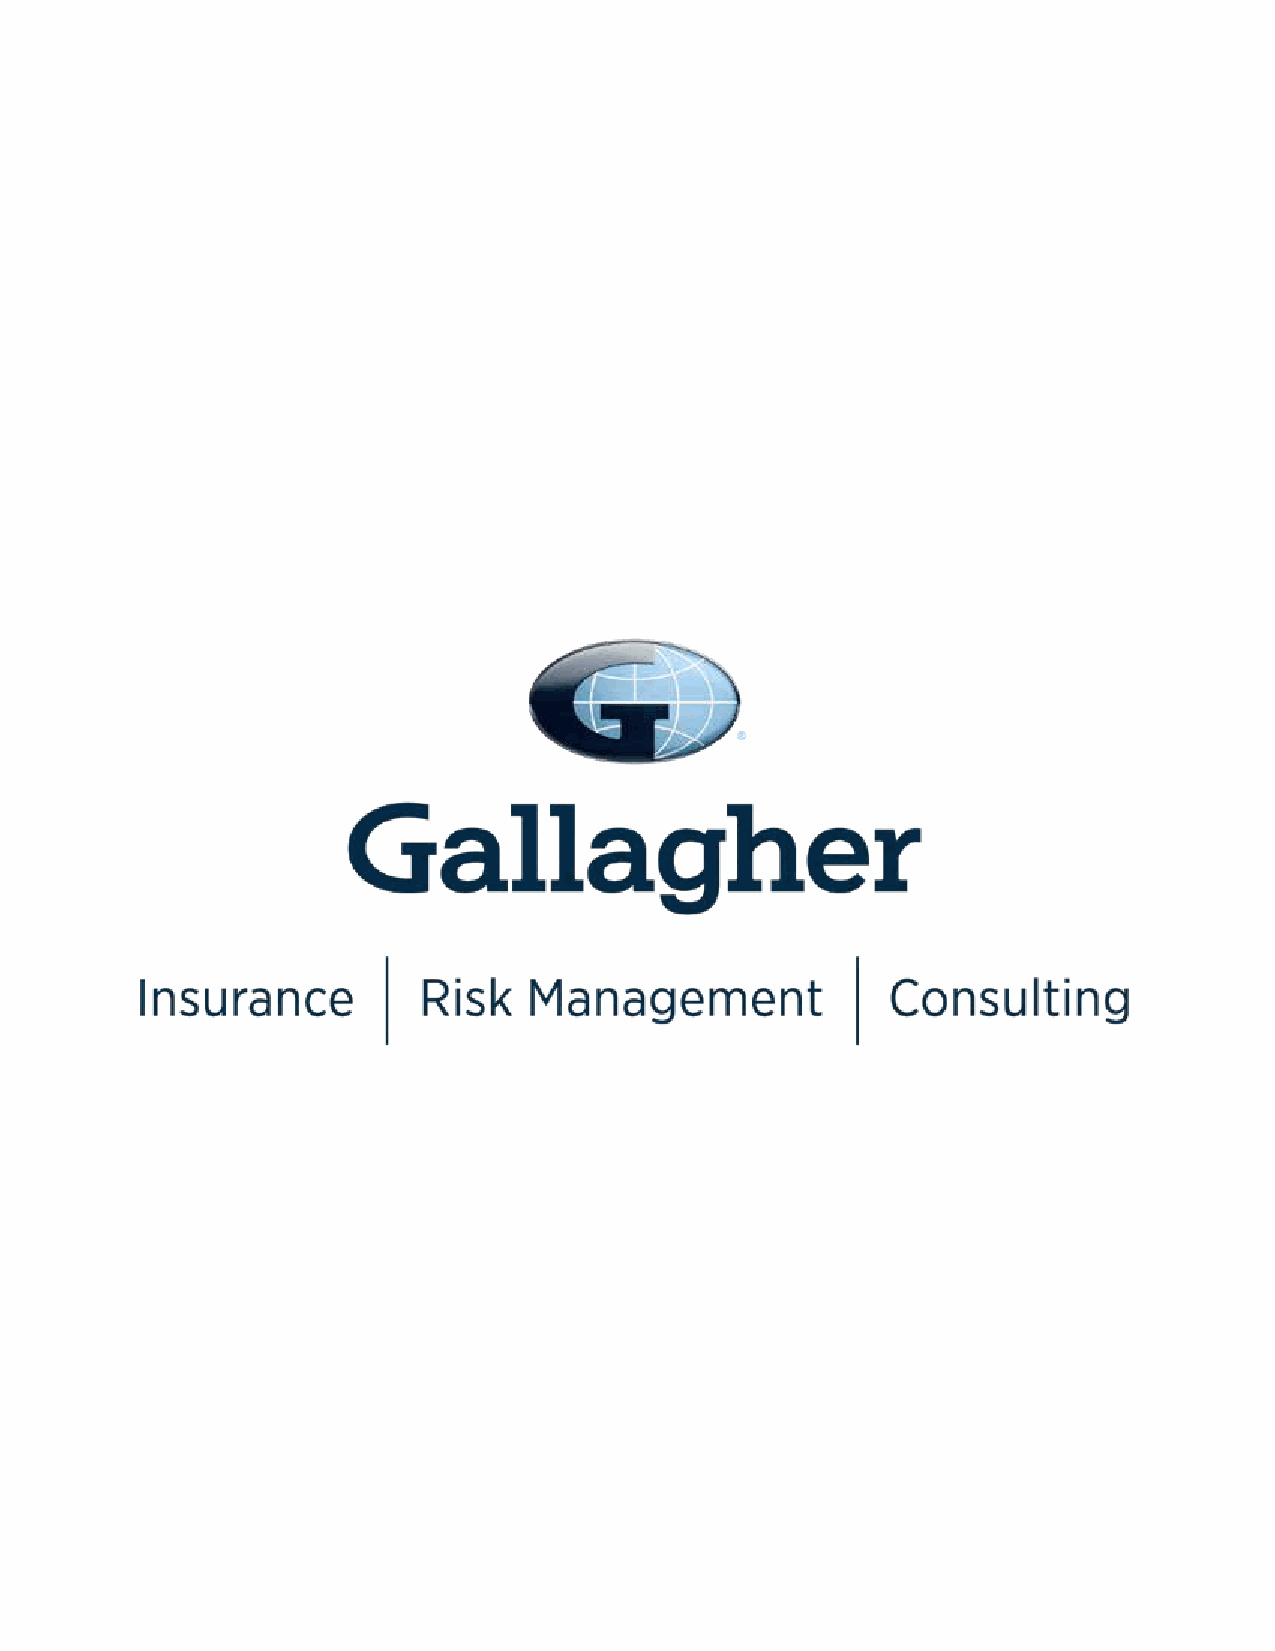
20 | AMERIND ADVISOR                                    PROTECTING OUR PEOPLE